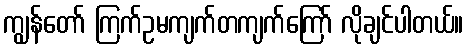
ကျွန်တော် ကြက်ဥမကျက်တကျက်ကြော် လိုချင်ပါတယ်။